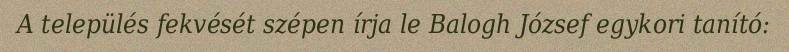
A település fekvését szépen írja le Balogh József egykori tanító: